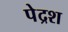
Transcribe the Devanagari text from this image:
पेद्रश